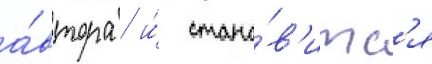
а́втора / и́ стано́в'итс'я